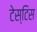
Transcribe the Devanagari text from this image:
टेस्टिस